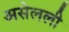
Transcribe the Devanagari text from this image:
असेलली